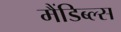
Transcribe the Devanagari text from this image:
मैंडिब्ल्स